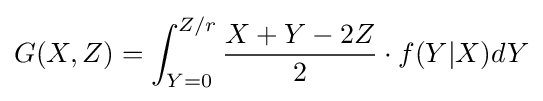
G(X,Z)=\int _{Y=0}^{Z/r}{X+Y-2Z \over 2}\cdot f(Y|X)dY